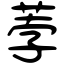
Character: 荸